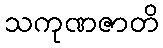
သကုဏဇာတိ